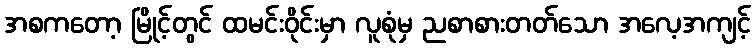
အစကတော့ မြိုင့်တွင် ထမင်းဝိုင်းမှာ လူစုံမှ ညစာစားတတ်သော အလေ့အကျင့်